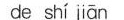
de shí jiān